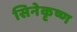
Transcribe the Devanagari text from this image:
सिनेकृष्ण